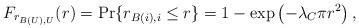
LaTeX: \begin{align*}F_{r_{B(U),U}}(r) = \Pr \{ r_{B(i),i} \le r \} = 1-\exp \left( -\lambda_{C} \pi r^2 \right),\end{align*}